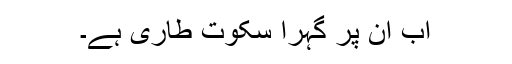
اب ان پر گہرا سکوت طاری ہے۔